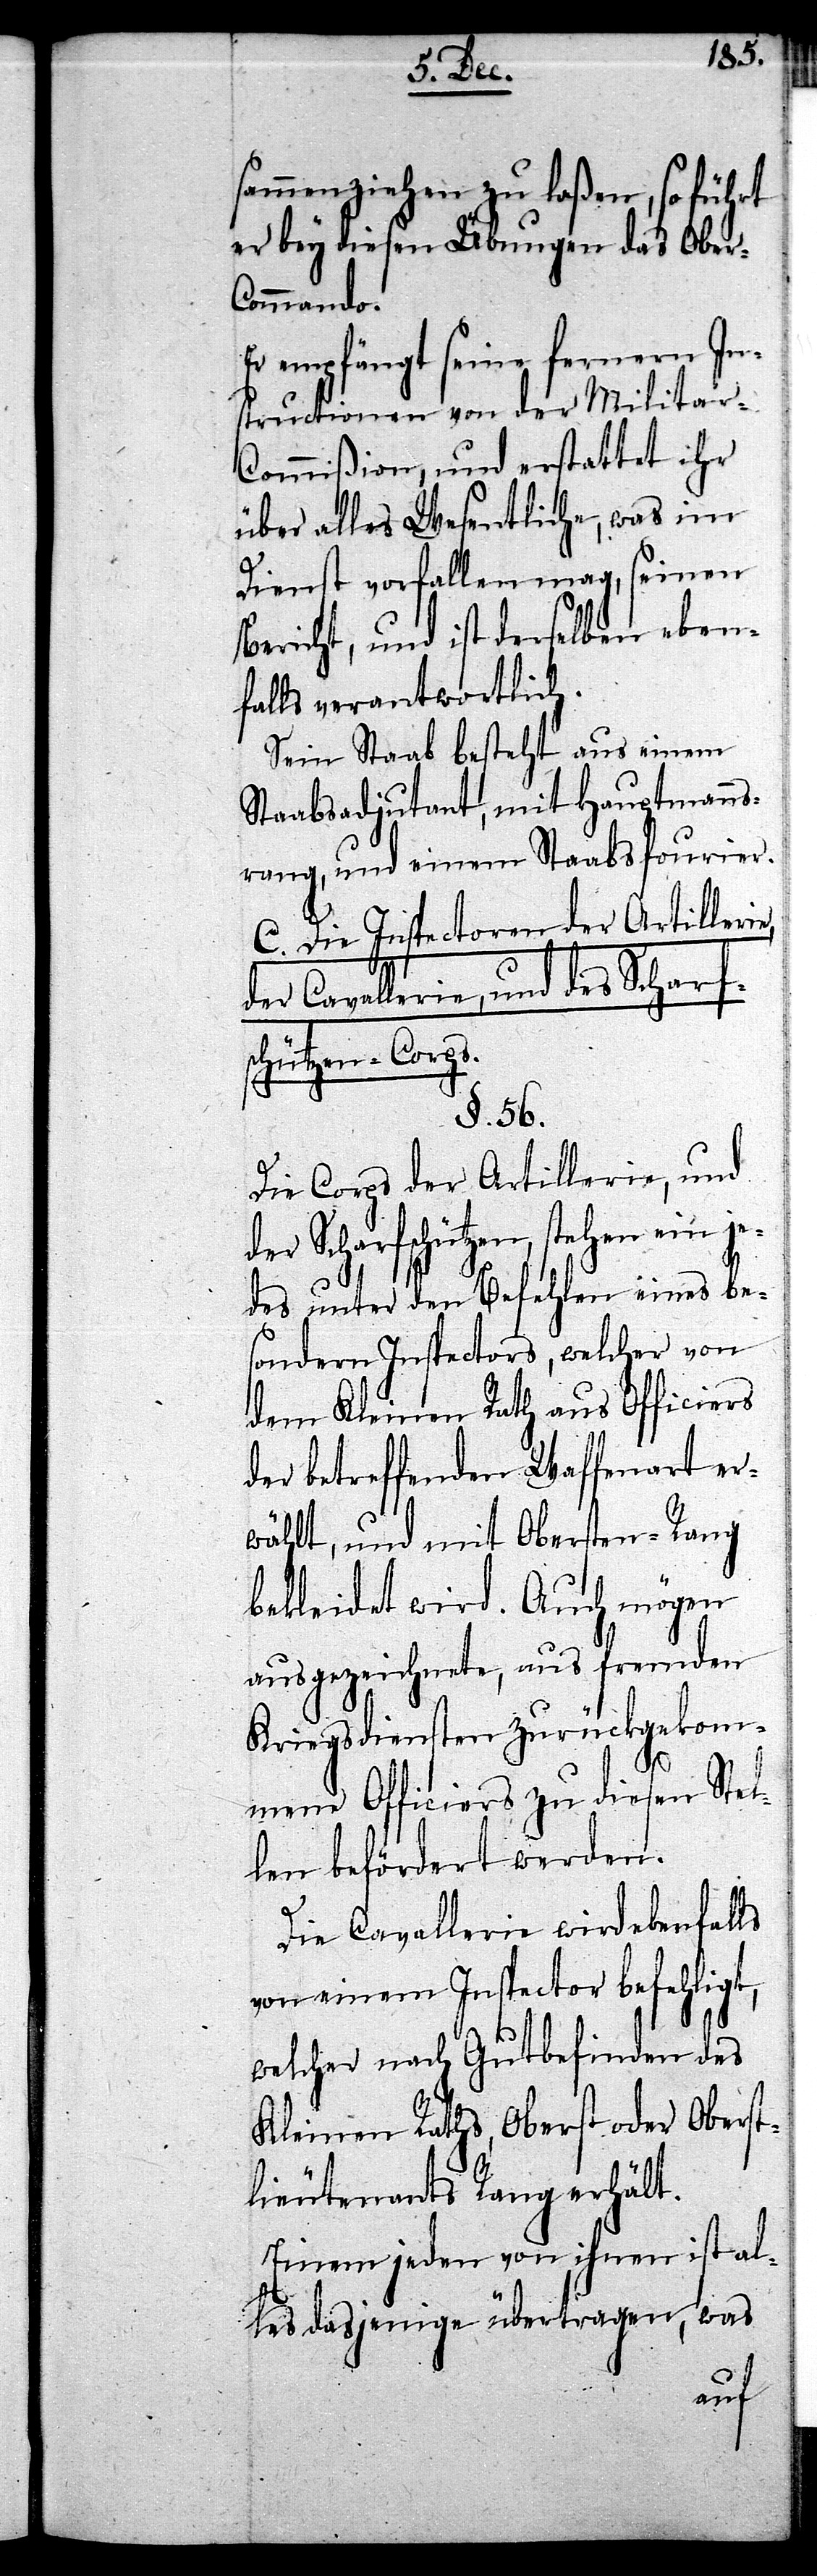
sammenziehen zu laßen, so führt
er bey diesen Übungen das Ober-C¬
ommando.
Er empfängt seine fernern In¬
structionen von der Militar-C¬
ommißion, und erstattet ihr
über alles Wesentliche, was im
Dienst vorfallen mag, seinen
Bericht, und ist derselben eben¬
falls verantwortlich.
Sein Staab besteht aus einem
Staabsadjutant, mit Hauptmanns¬
rang, und einem Staabsfourier.
C. Die Inspectoren der Artillerie,
der Cavallerie, und des Scharf¬
schützen-Corps.
§. 56.
Die Corps der Artillerie, und
der Scharfschützen, stehen ein je¬
des unter den Befehlen eines be¬
sondern Inspectors, welcher von
dem Kleinen Rath aus Officiers
der betreffenden Waffenart er¬
wählt, und mit Obersten-Rang
bekleidet wird. Auch mögen
ausgezeichnete, aus fremden
Kriegsdiensten zurückgekom¬
mene Officiers zu diesen Stel¬
len befördert werden.
Die Cavallerie wird ebenfalls
von einem Inspector befehligt,
welcher nach Gutbefinden des
Kleinen Raths, Oberst oder Oberst¬
lieutenants Rang erhält.
Einem jeden von ihnen ist al¬
les dasjenige übertragen, was